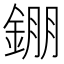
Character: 錋